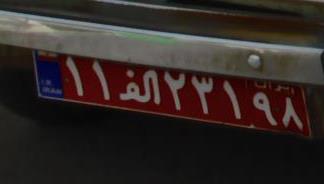
۱۱ا۲۳۲۹۸